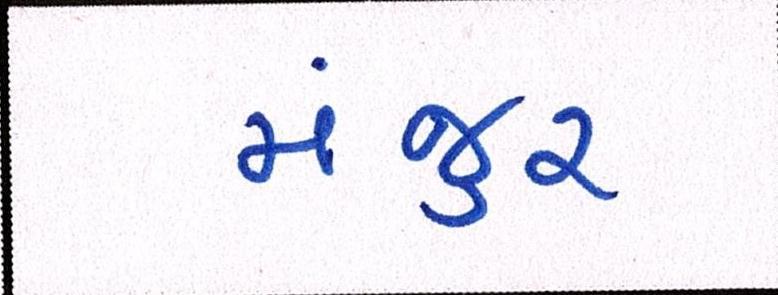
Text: મંજુર